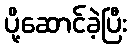
ပို့ဆောင်ခဲ့ပြီး